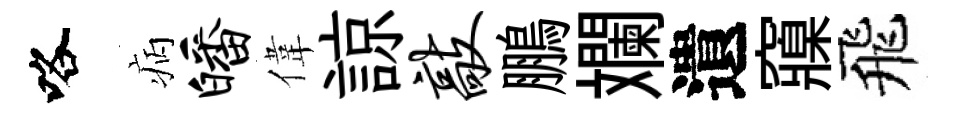
咯病皤偉諒敲鵬斕遺䆿飛